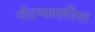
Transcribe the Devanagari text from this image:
नोंदम्याकरिता